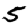
Digit: 5